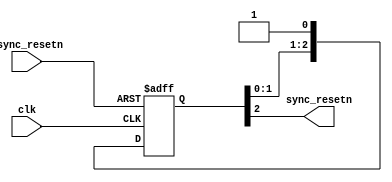

module util_sync_reset (
	input async_resetn,
	input clk,
	output sync_resetn
);

// Keep it asserted for three clock cycles
reg [2:0] resetn = 3'b000;

assign sync_resetn = resetn[2];

always @(posedge clk or negedge async_resetn) begin
	if (async_resetn == 1'b0) begin
		resetn <= 3'b000;
	end else begin
		resetn <= {resetn[1:0], 1'b1};
	end

end

endmodule